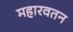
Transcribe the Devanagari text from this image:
महारवतन